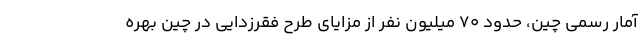
آمار رسمی چین، حدود 70 میلیون نفر از مزایای طرح فقرزدایی در چین بهره